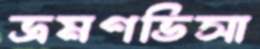
ভ্রমণভিসা